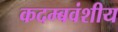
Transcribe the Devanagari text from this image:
कदम्बवंशीय